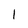
Character: 1